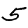
Digit: 5